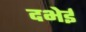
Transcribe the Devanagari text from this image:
दभेई